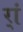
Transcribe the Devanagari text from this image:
र्‍ां